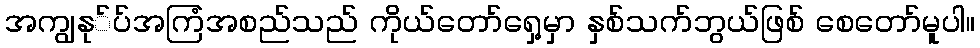
အကျွနု်ပ်အကြံအစည်သည် ကိုယ်တော်ရှေ့မှာ နှစ်သက်ဘွယ်ဖြစ် စေတော်မူပါ။